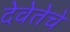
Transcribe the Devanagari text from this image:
देवेतेचे